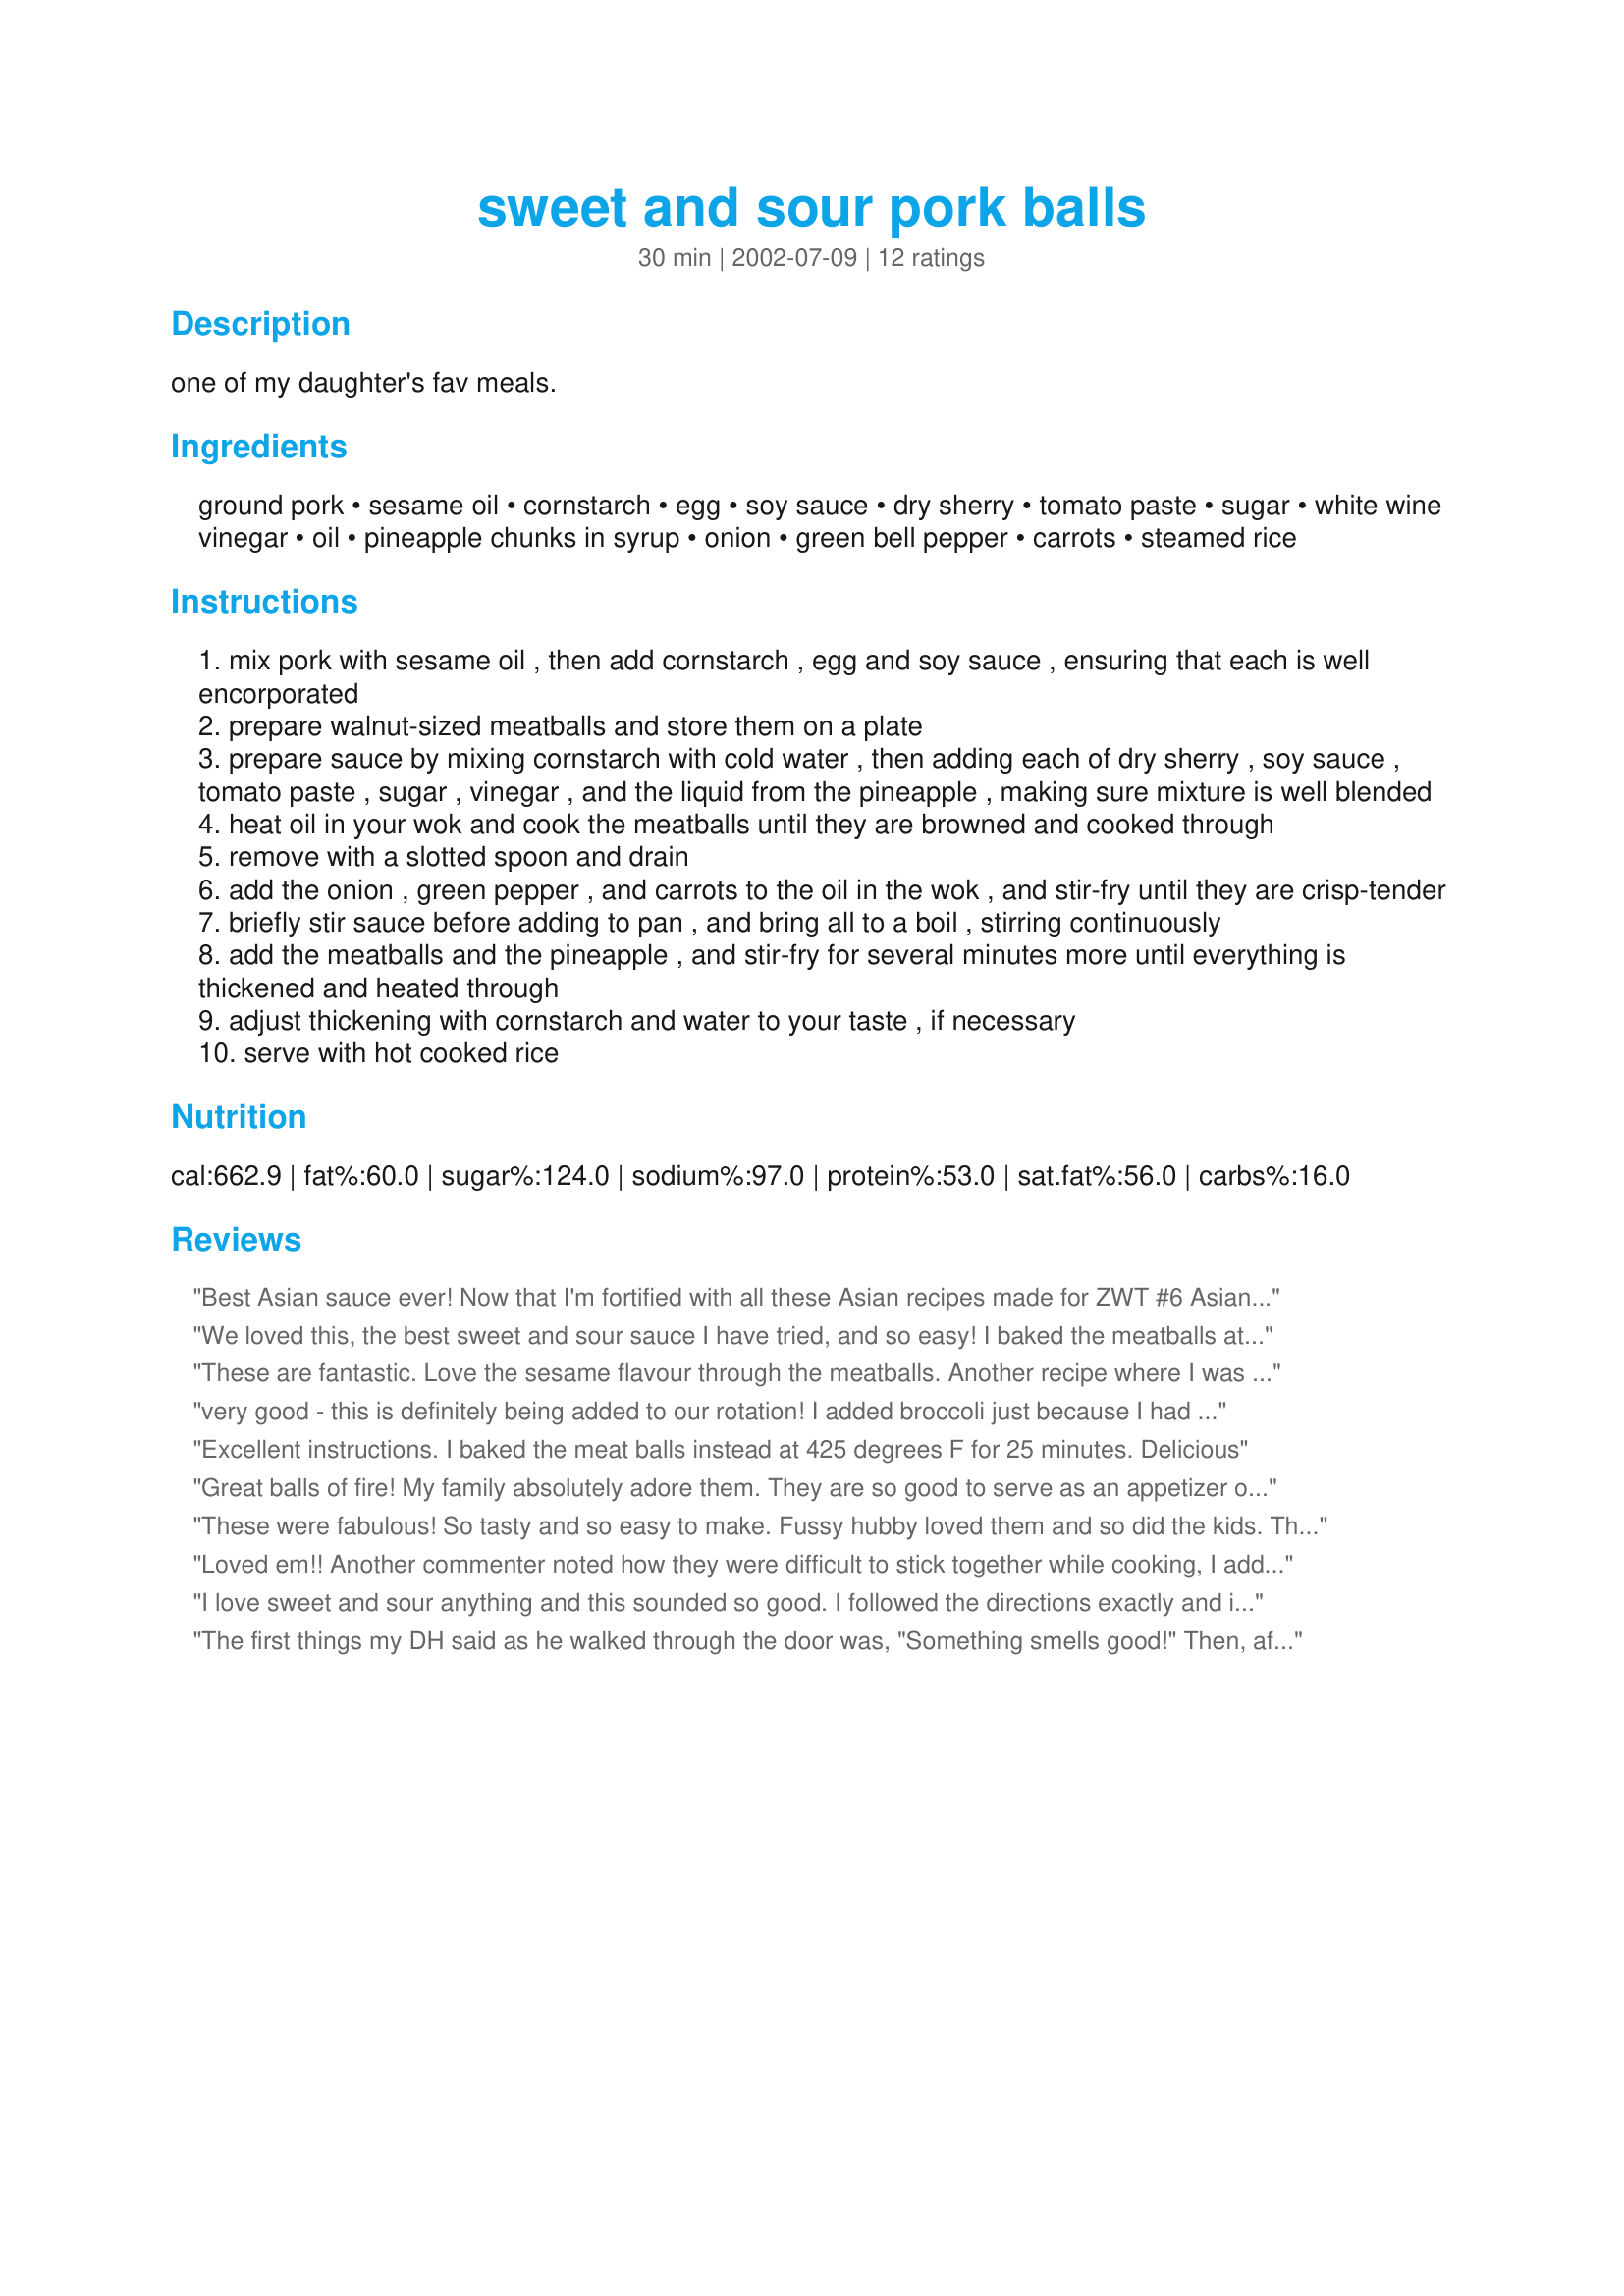
sweet and sour pork balls
Preparation time: 30 minutes

one of my daughter's fav meals.

Ingredients:
ground pork, sesame oil, cornstarch, egg, soy sauce, dry sherry, tomato paste, sugar, white wine vinegar, oil, pineapple chunks in syrup, onion, green bell pepper, carrots, steamed rice

Steps:
mix pork with sesame oil , then add cornstarch , egg and soy sauce , ensuring that each is well encorporated
prepare walnut-sized meatballs and store them on a plate
prepare sauce by mixing cornstarch with cold water , then adding each of dry sherry , soy sauce , tomato paste , sugar , vinegar , and the liquid from the pineapple , making sure mixture is well blended
heat oil in your wok and cook the meatballs until they are browned and cooked through
remove with a slotted spoon and drain
add the onion , green pepper , and carrots to the oil in the wok , and stir-fry until they are crisp-tender
briefly stir sauce before adding to pan , and bring all to a boil , stirring continuously
add the meatballs and the pineapple , and stir-fry for several minutes more until everything is thickened and heated through
adjust thickening with cornstarch and water to your taste , if necessary
serve with hot cooked rice

Reviews:
Best Asian sauce ever! Now that I'm fortified with all these Asian recipes made for ZWT #6 Asian tag, I was wishfully thinking about participating in an exchange-a-chef program with someone in, maybe...let's say, Hong Kong. Only thing holding me back is my proper pronunciation of the Chinese language. Wudn't wan ta insult anyone wit my sout La-weee-seee-anna slant in China, ya know.
We loved this, the best sweet and sour sauce I have tried, and so easy! I baked the meatballs at 425F for 25 minutes like a previous reviewer did, and they stuck together great when mixing in with everything else. Thanks for a keeper!
These are fantastic. Love the sesame flavour through the meatballs. Another recipe where I was able to put everything together in the morning and then just cooked them at night. Sue L gives a great hint here to keep your hands wet when shaping meatballs, I feel this is really important to do this as it stops the meat from sticking and breaking apart.
very good - this is definitely being added to our rotation! I added broccoli just because I had it and it fit in just perfectly. Thanks for a great recipe.
Excellent instructions. I baked the meat balls instead at 425 degrees F for 25 minutes. Delicious
Great balls of fire! My family absolutely adore them. They are so good to serve as an appetizer or with steamed rice. I was out of time so I made the pork balls and just used the ready made sweet and sour sauce (Chicken Tonight- Sweet and Sour Sauce). and still came out GOOD. Definitely a quick and easy one to make and serve for unexpected guest when u dont have much time.
These were fabulous! So tasty and so easy to make. Fussy hubby loved them and so did the kids. They'll be a regular in our kitchen from now on!
Loved em!!
Another commenter noted how they were difficult to stick together while cooking, I added a bit of oats till they stuck together. Roll the balls small too so they are actually bite size, I think this makes a difference.
My husband isnt really a sweet and sour kinda guy but he liked them! I will definately make these again.
I love sweet and sour anything and this sounded so good. I followed the directions exactly and it was perfect and I wouldn't change a thing. I didn't even need to add any extra thicking. Just the right amount of sweet and sour, not over powered by any one part. Served over steamed rice and DH is already asking when we can have it again
The first things my DH said as he walked through the door was, "Something smells good!" Then, after the meal he said I should add this to my cooking repertoire! Plus, both he and my youngest daughter has seconds! So, your recipe was a hit! I didn't have sesame seed oil, nor dry sherry, nor tomato paste. So, I added a little ground ginger to the meat mixture; used apple juice instead of the sherry, and used ketchup instead of the tomato paste (I skipped the white wine vinegar, since ketchup has vinegar in it) I also substituted celery for the green pepper, since green peppers aren't my family's favorite. Anyway, the flavor may have been completely different from the original recipe, but it was a success and I credit you for the inspiration! I plan on trying it again...with the sesame seed oil, tomato paste...etc! YUM!
Very tasty! The sesame oil gives the meatballs a wonderful flavor.
Recipe doesnt say how much water to use with the cornstarch, I used 1 tsp.The sauce didn't need any more thickening.
Thanks for posting. =)
A great dish! I found that the sesame oil added a really nice flavour to the meat. I had a bit of trouble getting the meat to stick together when I was frying the pork balls, but it turned out ok. I think next time I may bake the meatballs ahead of time in the oven and freeze them already baked, I think that would make it a great "make ahead" meal. The sauce was very good and the vegetables were a perfect blend of flavours.
